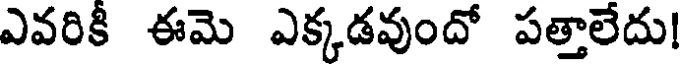
ఎవరికీ ఈమె ఎక్కడవుందో పత్తాలేదు!